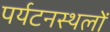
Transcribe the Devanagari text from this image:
पर्यटनस्थलों